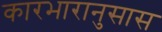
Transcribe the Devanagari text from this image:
कारभारानुसास